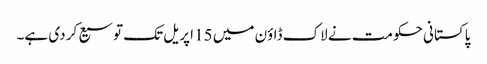
پاکستانی حکومت نے لاک ڈاؤن میں 15 اپریل تک توسیع کر دی ہے۔